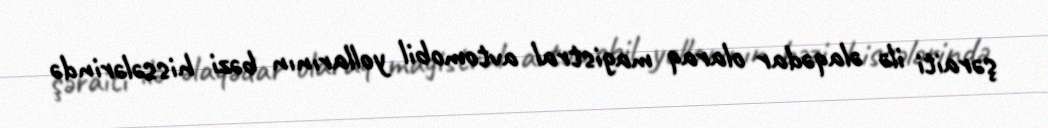
şəraiti ilə əlaqədar olaraq magistral avtomobil yollarının bəzi hissələrində